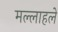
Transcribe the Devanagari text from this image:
मल्लाहले